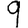
Digit: 9